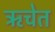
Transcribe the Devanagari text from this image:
ऋचेत